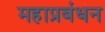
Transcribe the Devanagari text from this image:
महाप्रबंधन